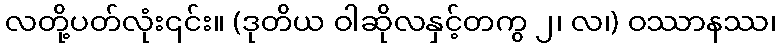
လတို့ပတ်လုံး၎င်း။ (ဒုတိယ ဝါဆိုလနှင့်တကွ ၂၊ လ၊) ဝဿာနဿ၊